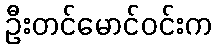
ဦးတင်မောင်ဝင်းက